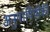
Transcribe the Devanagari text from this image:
अनुयायियोंकी